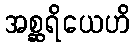
အစ္ဆရိယေဟိ